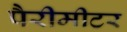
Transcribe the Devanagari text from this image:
पैरीमीटर